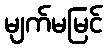
မျက်မမြင်